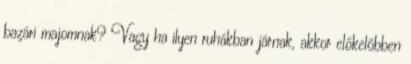
bazári majomnak? Vagy ha ilyen ruhákban járnak, akkor előkelőbben